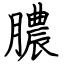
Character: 膿